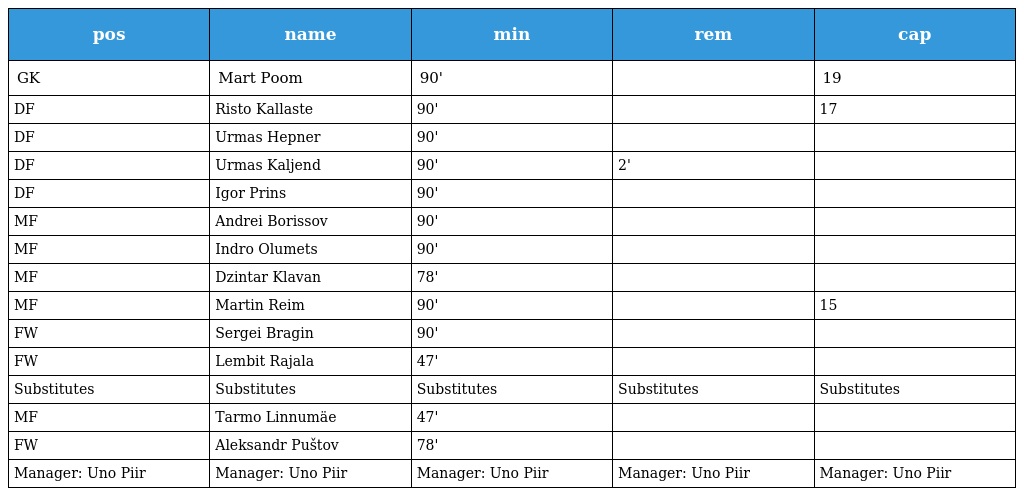
| pos | name | min | rem | cap |
 | --- | --- | --- | --- | --- |
 | GK | Mart Poom | 90' |  | 19 |
 | DF | Risto Kallaste | 90' |  | 17 |
 | DF | Urmas Hepner | 90' |  |  |
 | DF | Urmas Kaljend | 90' | 2' |  |
 | DF | Igor Prins | 90' |  |  |
 | MF | Andrei Borissov | 90' |  |  |
 | MF | Indro Olumets | 90' |  |  |
 | MF | Dzintar Klavan | 78' |  |  |
 | MF | Martin Reim | 90' |  | 15 |
 | FW | Sergei Bragin | 90' |  |  |
 | FW | Lembit Rajala | 47' |  |  |
 | Substitutes | Substitutes | Substitutes | Substitutes | Substitutes |
 | MF | Tarmo Linnumäe | 47' |  |  |
 | FW | Aleksandr Puštov | 78' |  |  |
 | Manager: Uno Piir | Manager: Uno Piir | Manager: Uno Piir | Manager: Uno Piir | Manager: Uno Piir |